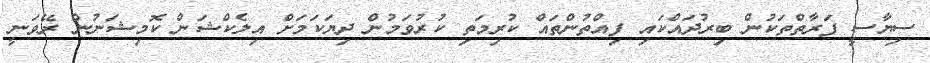
ސިޔާސީ ފަރާތްތަކުން ބިރުދައްކައި ފިއްތުންތައް ކުރިމަތި ކުރުވަމުން ދިޔަކަމަށް އިލެކްޝަން ކޮމިޝަނުން ރޭވަނީ